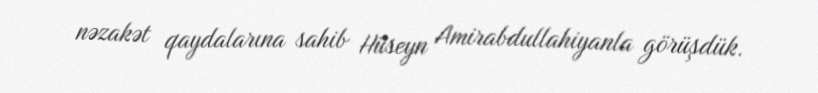
nəzakət qaydalarına sahib Hüseyn Amirabdullahiyanla görüşdük.